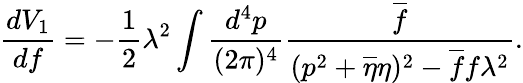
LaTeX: \frac{dV_{1}}{df}=-\frac{1}{2}\lambda^{2}\int\frac{d^{4}p}{(2\pi)^{4}}\frac{\overline{{{f}}}}{(p^{2}+\overline{{{\eta}}}\eta)^{2}-\overline{{{f}}}f\lambda^{2}}.